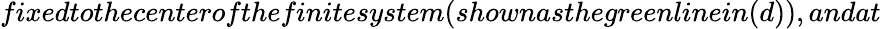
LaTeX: fixedtothecenterofthefinitesystem(shownasthegreenlinein(d)),andat